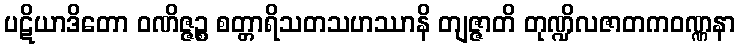
ပဋိယာဒိတော ဝဏိဇ္ဇဉ္စ စတ္တာရိသတသဟဿာနိ တျဇ္ဇာတိ တုဏ္ဍိလဇာတကဝဏ္ဏနာ